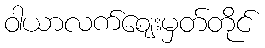
ဝါယာလက်ဈေးမှတ်တိုင်